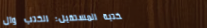
مكتبة المستقبل: الكتب وال